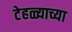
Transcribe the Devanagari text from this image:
टेहळ्याच्या